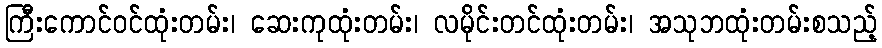
ကြီးကောင်ဝင်ထုံးတမ်း၊ ဆေးကုထုံးတမ်း၊ လမိုင်းတင်ထုံးတမ်း၊ အသုဘထုံးတမ်းစသည့်